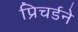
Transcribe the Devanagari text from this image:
प्रिचर्डने